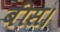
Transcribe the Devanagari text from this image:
बीस।